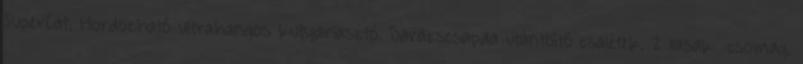
SuperCat. Hordozható ultrahangos kutyariasztó. Darázscsapda utántöltő csalétek. 2 tasak csomag.